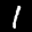
Label: 1